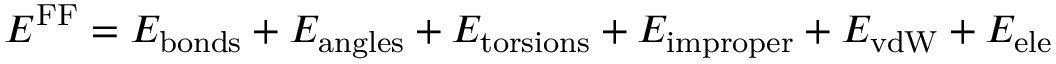
E ^ { \mathrm { F F } } = E _ { \mathrm { b o n d s } } + E _ { \mathrm { a n g l e s } } + E _ { \mathrm { t o r s i o n s } } + E _ { \mathrm { i m p r o p e r } } + E _ { \mathrm { v d W } } + E _ { \mathrm { e l e } }